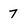
Character: 7